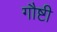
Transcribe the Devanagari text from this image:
गौष्टी